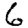
Digit: 6